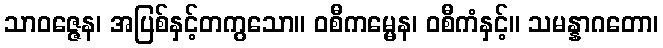
သာဝဇ္ဇေန၊ အပြစ်နှင့်တကွသော။ ဝစီကမ္မေန၊ ဝစီကံနှင့်။ သမန္နာဂတော၊